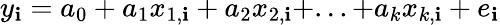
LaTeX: y_{\mathbf{i}}=a_{0}+a_{1}x_{1,\mathbf{i}}+a_{2}x_{2,\mathbf{i}}+...+a_{k}x_{k,\mathbf{i}}+e_{\mathbf{i}}